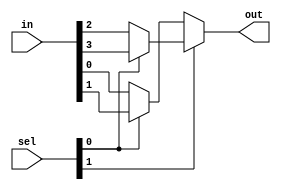
module mux_4_to_1 (input wire [3:0] in, input wire [1:0] sel, output wire out);
    // gate-level implementation
    // wire sel0_not, sel1_not;
    // not(sel0_not, sel[0]);
    // not(sel1_not, sel[1]);

    // wire out0, out1, out2, out3;

    // and(out0, in[0], sel0_not, sel1_not);
    // and(out2, in[1], sel0_not, sel[1]);
    // and(out1, in[2], sel[0], sel1_not);
    // and(out3, in[3], sel[0], sel[1]);

    // or(out, out0, out1, out2, out3);

    // ------------------------------------------------

    // dataflow implementation
    assign out = (sel[1]) ? ((sel[0]) ? in[3] : in[2]) : ((sel[0]) ? in[1] : in[0]);

    // ------------------------------------------------

    // behavioral implementation --> output should be reg
    // always @(*) begin
    //     if (sel[1]) begin
    //         if (sel[0]) begin
    //             out = in[3];
    //         end else begin
    //             out = in[2];
    //         end
    //     end else begin
    //         if (sel[0]) begin
    //             out = in[1];
    //         end else begin
    //             out = in[0];
    //         end
    //     end
    // end
endmodule